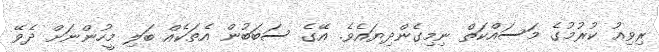
ރިވިއު ކުރުމުގެ މަސައްކަތް ނިމިގެންދިޔައެވެ. އޭގެ ސަބަބުން އެތަކެއް ބަލި މީހުންނަށް ދެވޭ